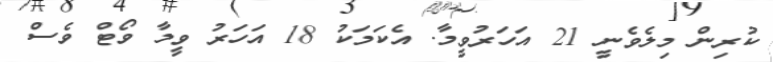
ކުރިން މިލެވެނީ 21 އަހަރުވީމާ. އެކަމަކު 18 އަހަރު ވީމާ ވޯޓް ވެސް